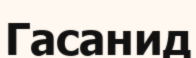
Гасанид